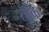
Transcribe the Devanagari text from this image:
रॉकिं